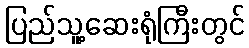
ပြည်သူ့ဆေးရုံကြီးတွင်